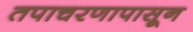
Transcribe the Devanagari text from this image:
तपाचरणापासून